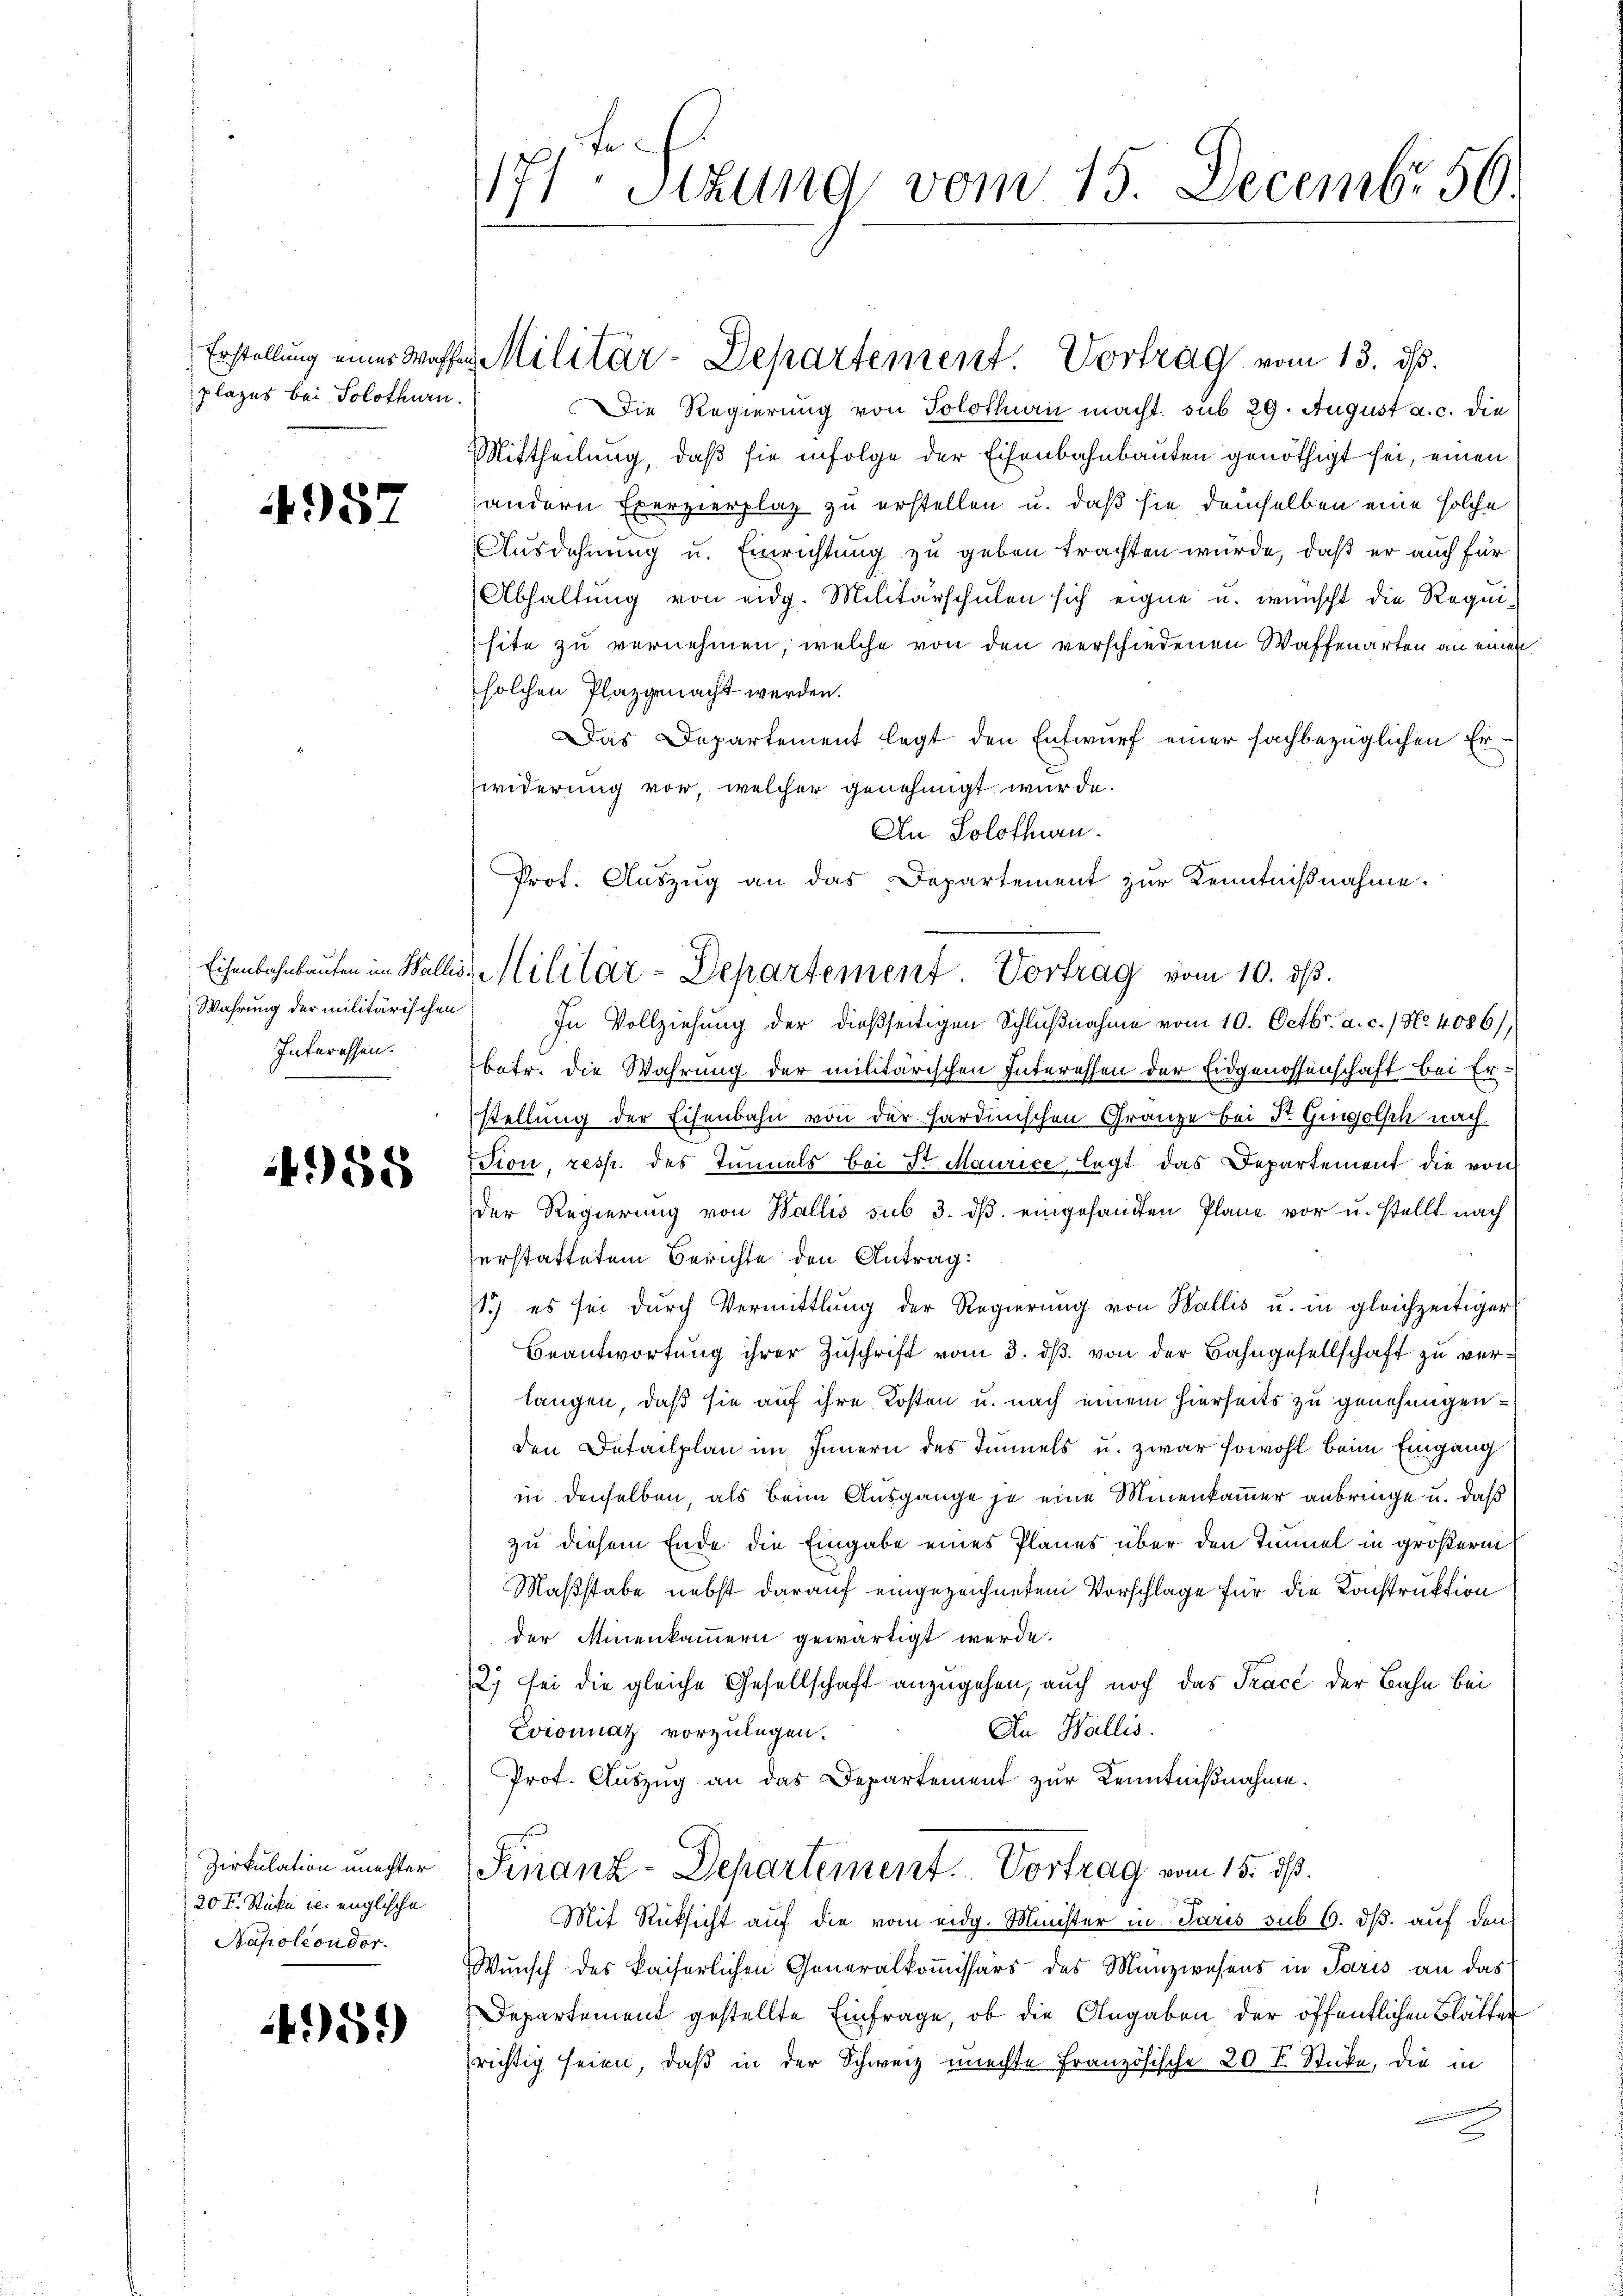
plazes bei Solothurn.

4957

Wahrung der militärischen
Interessen.

4958

Zirkulation unechter
20 Fr. Sticke u. englische
Papoleon der

459)

1171. Sitzung vom 15. Decembr. 56.
1

Die Regierung von Solothurn macht sub 29. August a. c. die
Mittheilung, daß sie infolge der Eisenbahnbauten genöthigt sei, einen
andern Exerzierplaz zu erstellen u. daß sie demselben eine solche
Ausdehnung u. Einrichtung zu geben trachten würde, daß er auch für
Abhaltŭng von eidg. Militärschulen sich eigne u. wünscht die Requi-
site zu vernehmen, welche von den verschiedenen Waffenarten an einen
solchen Plaz gemacht werden.
Das Departement legt den Entwurf einer sachbezüglichen Erwiderung vor, welcher genehmigt wurde.
An Solothurn.
In Vollziehung der dießseitigen Schlŭβnahme vom 10. Octbr. a. c. 1 No. 4086),
betr. die Wahrung der militärischen Interessen der Eidgenossenschaft bei Er-
stellung der Eisenbahn von der sardinischen Gränze bei Dr. Gingolsch nach
Fion, resp. des Tunnels bei Sr Maurice legt das Departement die von
der Regierung von Wallis sub 3. dβ eingesandten Plane vor u. stellt nach
erstattetem Berichte den Antrag:
1.) es sei dŭrch Vermittlung der Regierŭng von Wallis u. in gleichzeitiger
Beantwortung ihrer Zŭschrift vom 3. dβ. von der Bahngesellschaft zu verlangen, daß sie auf ihre Kosten u. nach einem hierseits zu genehmigenden Detailplan im Innern des Tunnels u. zwar sowohl beim Eingang
in denselben, als beim Ausgange je eine Minenkammer anbringe u. daß
zu diesem Ende die Eingabe eines Planes über den Immel in größerm
Maßstabe nebst darauf eingezeichneten Vorschlage für die Konstruktion
der Minenkammern gewärtigt werde.
2) sei die gleiche Gesellschaft anzugehen, auch noch das Trace der Bahn bei
An Wallis.
Loionnat vorzulegen.
Prot. Auszug an das Departement zur Kenntnißnahme.
Finanz-Departement. Vortrag vom 15. dß.
Mit Rücksicht auf die vom eidg. Minister in Paris sub 6. dß auf den
Wunsch des kaiserlichen Generalkoṁissärs des Münzwesens in Paris an das
Departement gestellte Einfrage, ob die Angaben der öffentlichen Blätter
richtig seien, daß in der Schweiz machte Französische 20 F. Sticke, die in
i

Erstellung einer Wasses Militär-Departement. Vortrag vom 13. ds.

Prot. Auszug an das Departement zur Kenntnißnahme.
Eisenbahnbauten im Wallis, Militär-Departement. Vortrag vom 10. ds.